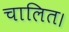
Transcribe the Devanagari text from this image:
चालित।